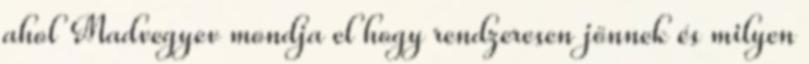
ahol Madvegyev mondja el hogy rendzeresen jönnek és milyen